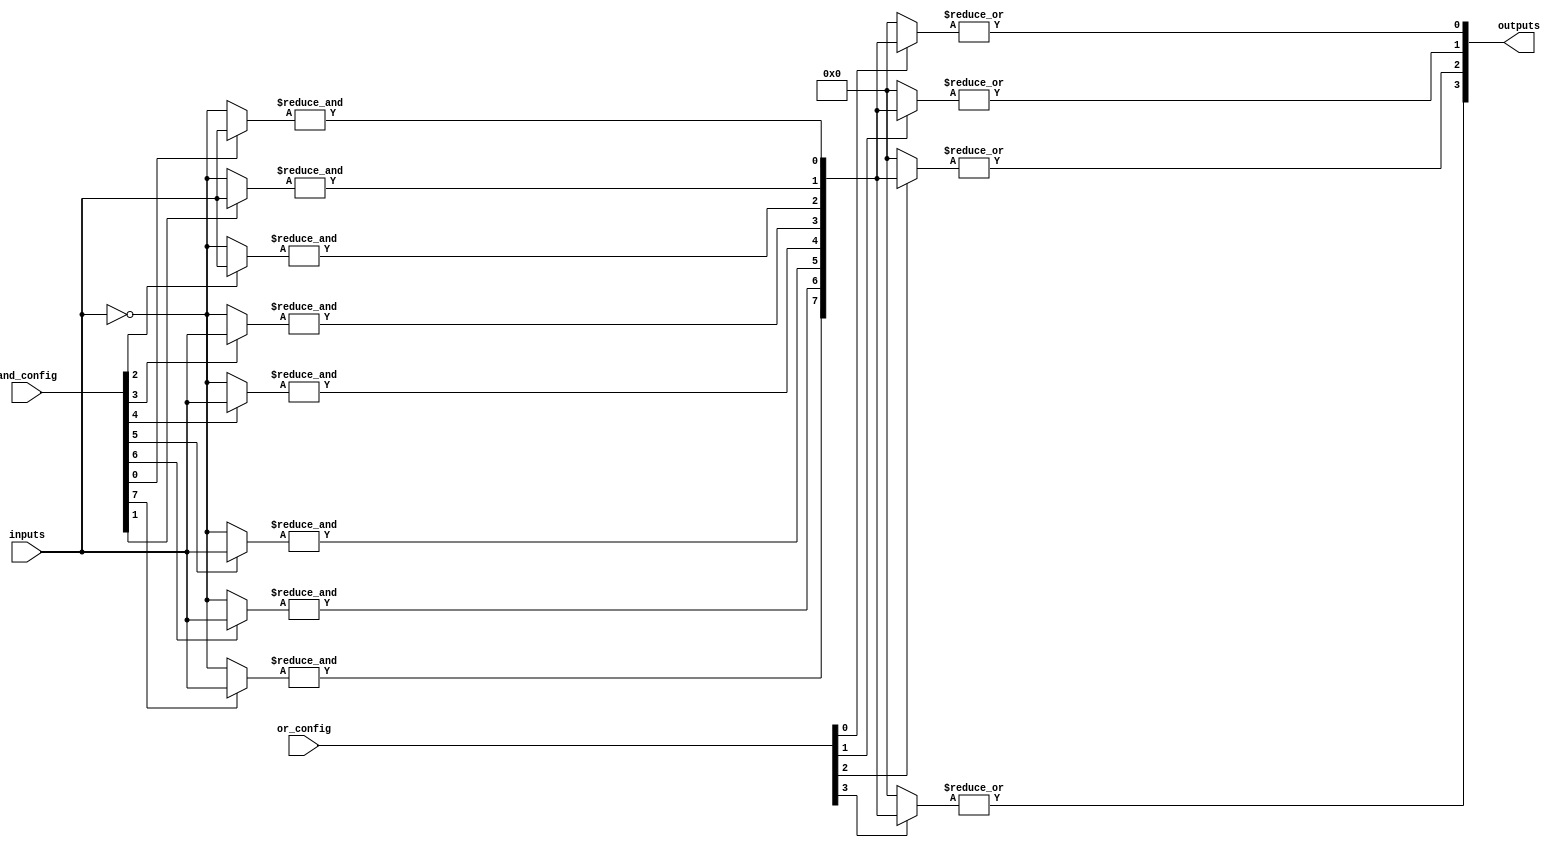
module PLA (
    input wire [N-1:0] inputs,        // N input signals
    input wire [M-1:0] and_config,     // Configuration for AND gates
    input wire [P-1:0] or_config,      // Configuration for OR gates
    output wire [Q-1:0] outputs        // Q output signals
);

parameter N = 4; // Number of inputs
parameter M = 8; // Number of product terms (AND gates)
parameter P = 4; // Number of outputs
parameter Q = 4; // Number of OR gates

// Internal wires for product terms
wire [M-1:0] product_terms;

// AND Plane: Programmable AND gates
genvar i, j;
generate
    for (i = 0; i < M; i = i + 1) begin : and_plane
        wire [N-1:0] and_inputs;
        assign and_inputs = (and_config[i] == 1'b1) ? inputs : ~inputs; // Example configuration
        assign product_terms[i] = &and_inputs; // AND operation
    end
endgenerate

// OR Plane: Programmable OR gates
generate
    for (j = 0; j < P; j = j + 1) begin : or_plane
        wire [M-1:0] or_inputs;
        assign or_inputs = (or_config[j] == 1'b1) ? product_terms : 0; // Example configuration
        assign outputs[j] = |or_inputs; // OR operation
    end
endgenerate

endmodule